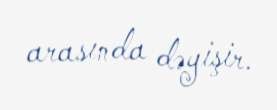
arasında dəyişir.